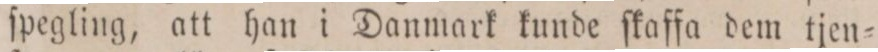
ſpegling, att han i Danmark kunde ſkaffa dem tjen=